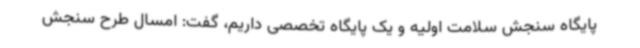
پایگاه سنجش سلامت اولیه و یک پایگاه تخصصی داریم، گفت: امسال طرح سنجش